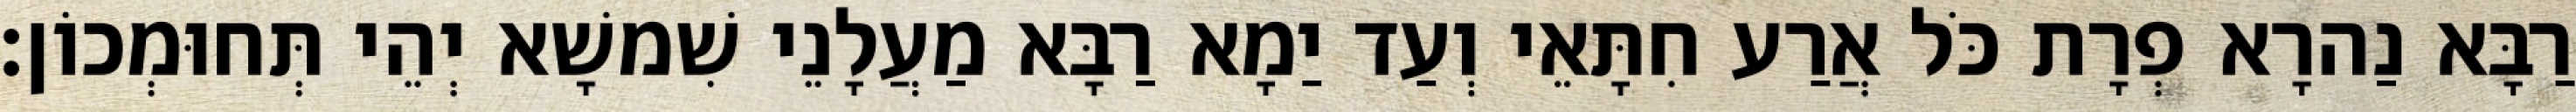
רַבָּא נַהרָא פְרָת כֹּל אֲרַע חִתָּאֵי וְעַד יַמָא רַבָּא מַעֲלָנֵי שִׁמשָׁא יְהֵי תְּחוּמְכוֹן׃